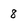
Character: 8